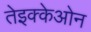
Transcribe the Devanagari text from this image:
तेइक्केओन